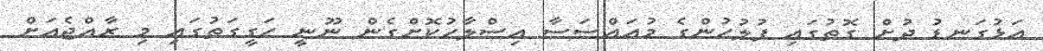
އަޅުގަނޑު ދުށް ގޮތުގައި ފުލުހުންގެ މުއައްސަސާ އިސްލާހުކޮށްގެން ނޫނީ ހަގީގަތުގައި މި ރާއްޖެއަށް